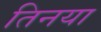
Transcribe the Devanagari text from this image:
तिनया